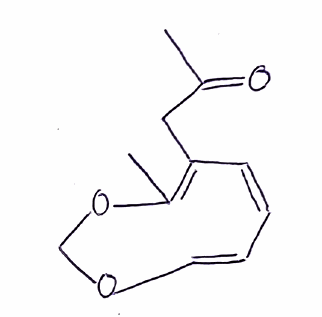
Simplified molecular-input line-entry system (SMILES) notation of the given molecule:
C/C/1=C(\C=C/C=C/OCO1)/CC(=O)C